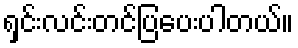
ရှင်းလင်းတင်ပြပေးပါတယ်။